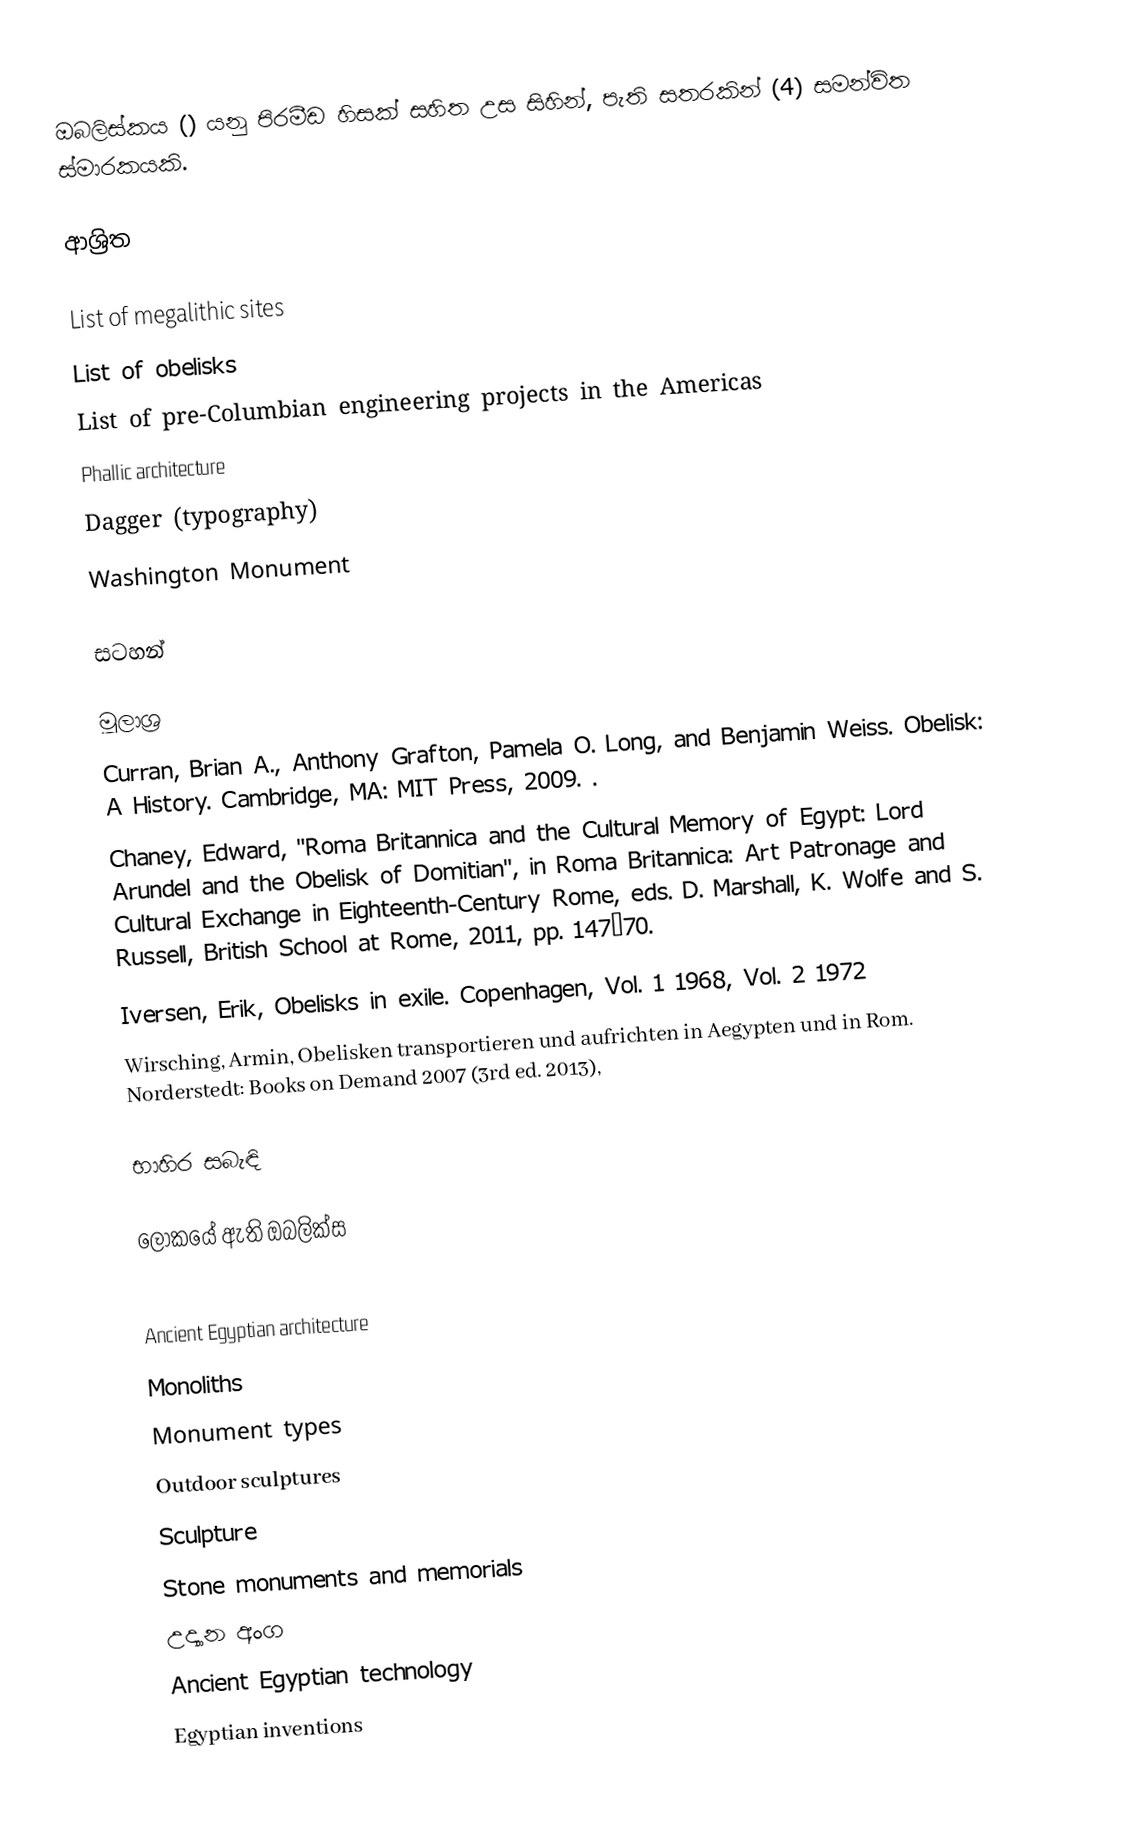
ඔබලිස්කය () යනු පිරමීඩ හිසක් සහිත උස සිහින්, පැති සතරකින් (4) සමන්විත ස්මාරකයකි.

ආශ්‍රිත

List of megalithic sites
List of obelisks
List of pre-Columbian engineering projects in the Americas
Phallic architecture
Dagger (typography)
Washington Monument

සටහන්

මූලාශ්‍ර
 Curran, Brian A., Anthony Grafton, Pamela O. Long, and Benjamin Weiss. Obelisk: A History. Cambridge, MA: MIT Press, 2009. .
 Chaney, Edward, "Roma Britannica and the Cultural Memory of Egypt: Lord Arundel and the Obelisk of Domitian", in Roma Britannica: Art Patronage and Cultural Exchange in Eighteenth-Century Rome, eds. D. Marshall, K. Wolfe and S. Russell, British School at Rome, 2011, pp. 147–70.
 Iversen, Erik, Obelisks in exile. Copenhagen, Vol. 1 1968, Vol. 2 1972
 Wirsching, Armin, Obelisken transportieren und aufrichten in Aegypten und in Rom. Norderstedt: Books on Demand 2007 (3rd ed. 2013),

භාහිර සබැඳි

ලෝකයේ ඇති ඔබලික්ස

Ancient Egyptian architecture
Monoliths
Monument types
Outdoor sculptures
Sculpture
Stone monuments and memorials
උද්‍යාන අංග
Ancient Egyptian technology
Egyptian inventions